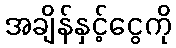
အချိန်နှင့်ငွေကို